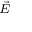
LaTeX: \scriptstyle { \vec { E } }